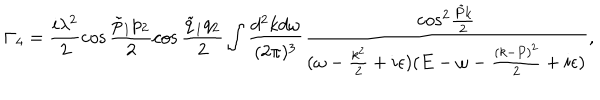
\Gamma _ { 4 } = \frac { i \lambda ^ { 2 } } { 2 } \cos \frac { { \tilde { p } } _ { 1 } p _ { 2 } } { 2 } \cos \frac { { \tilde { q } } _ { 1 } q _ { 2 } } { 2 } \int \frac { d ^ { 2 } k d \omega } { ( 2 \pi ) ^ { 3 } } \frac { \mathrm { c o s } ^ { 2 } \frac { { \tilde { P } } k } { 2 } } { ( \omega - \frac { k ^ { 2 } } { 2 } + i \epsilon ) ( E - \omega - \frac { ( k - P ) ^ { 2 } } { 2 } + i \epsilon ) } ,